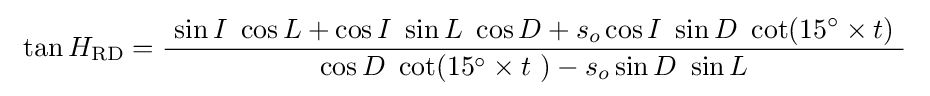
\ \tan H_{\text{RD}}={\frac {\ \sin I\ \cos L+\cos I\ \sin L\ \cos D+s_{o}\cos I\ \sin D\ \cot(15^{\circ }\times t)\ }{\ \cos D\ \cot(15^{\circ }\times t\ )-s_{o}\sin D\ \sin L\ }}\